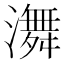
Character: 㵲